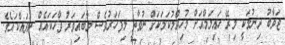
ޖަވާބު ދިނުމަކީ މިރޭ ހައިލަމްއަށް މުހިއްމުކަމަކަށް ނުވާތީ މިފަހަރުވެސް މާބައިވަރު ވާހަކައެއް ނުދައްކައެވެ.